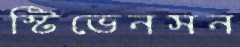
স্টিভেনসন